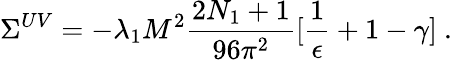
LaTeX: \Sigma^{UV}=-\lambda_{1}M^{2}\frac{2N_{1}+1}{96\pi^{2}}[\frac{1}{\epsilon}+1-\gamma]~.